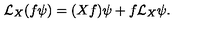
\mathcal { L } _ { X } ( f \psi ) = ( X f ) \psi + f \mathcal { L } _ { X } \psi .